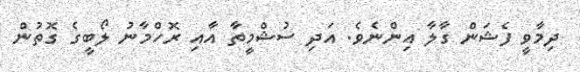
ދިމާވީ ފެޝަން ގާލާ އިންނެވެ. އަދި ސުޝްމީތާ އާއި ރޮހްމާނު ލޯބީގެ ގޮތުން